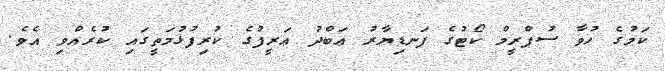
ކަމުގެ ހުވާ ސުޕްރީމް ކޯޓުގެ ފަނޑިޔާރު ޢަބްދު ޢަރީފުގެ ކުރިފުޅުމަތީގައި ކުރެއްވި އެވެ.